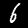
Label: 6